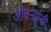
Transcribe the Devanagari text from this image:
ओवऱ्यांची